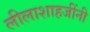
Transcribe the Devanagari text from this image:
लीलाशाहजींनी